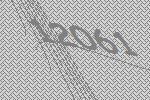
12061